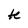
Character: k